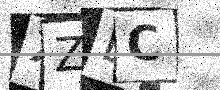
Text: XZLC